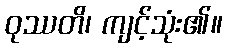
ဝုဿတိ၊ ကျင့်သုံး၏။